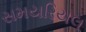
સમયરિયલ